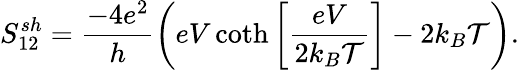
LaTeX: S_{12}^{sh}=\frac{-4e^{2}}{h}\left(eV\coth\left[\frac{eV}{2k_{B}\mathcal{T}}\right]-2k_{B}\mathcal{T}\right).